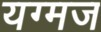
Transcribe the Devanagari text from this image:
यग्मज